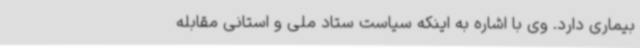
بیماری دارد. وی با اشاره به اینکه سیاست ستاد ملی و استانی مقابله